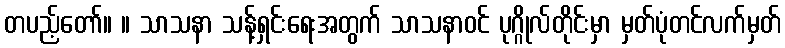
တပည့်တော်။ ။ သာသနာ သန့်ရှင်းရေးအတွက် သာသနာဝင် ပုဂ္ဂိုလ်တိုင်းမှာ မှတ်ပုံတင်လက်မှတ်